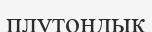
плутондық